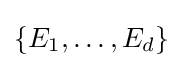
\{E_{1},\ldots ,E_{d}\}